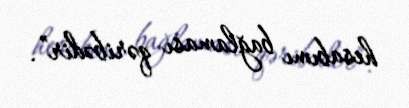
hesabımı bağlaması qəribədir”.